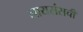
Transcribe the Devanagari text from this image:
लायसंसची